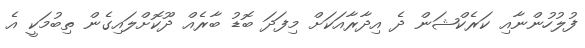
ފުލުހުންނާއި ކަރެކްޝަން ދެ އިދާރާއަކަށް މިފަދަ ބޮޑު ބާރެއް ދޫކޮށްލައިގެން ތިބުމަކީ އެ